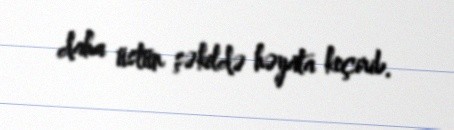
daha üstün şəkildə həyata keçirib.